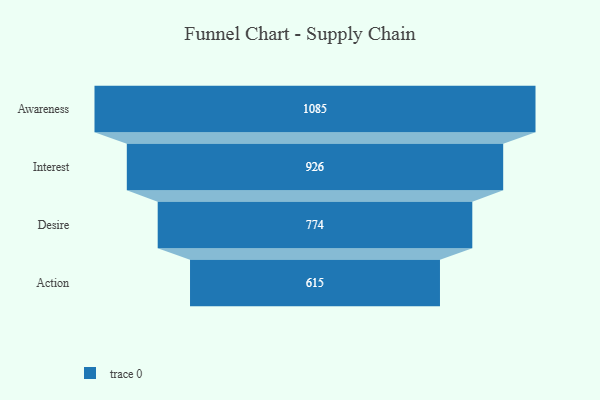
{"axis": {"x": "Stage", "y": "Value"}, "legend": [""], "data": [{"x": "Awareness", "y": 1085.0, "type": ""}, {"x": "Interest", "y": 926.0, "type": ""}, {"x": "Desire", "y": 774.0, "type": ""}, {"x": "Action", "y": 615.0, "type": ""}]}